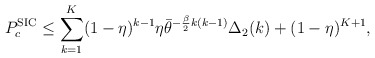
\begin{align*}P_{c}^\textnormal{SIC}\leq \sum_{k=1}^{K} (1-\eta)^{k-1} \eta \bar{\theta}^{-\frac{\beta}{2}k(k-1)} \Delta_2(k)+(1-\eta)^{K+1},\end{align*}